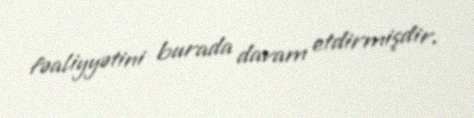
fəaliyyətini burada davam etdirmişdir.